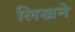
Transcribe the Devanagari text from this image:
लिखने